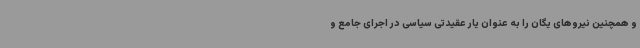
و همچنین نیروهای یگان را به عنوان یار عقیدتی سیاسی در اجرای جامع و